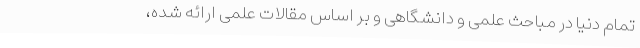
تمام دنیا در مباحث علمی و دانشگاهی و بر اساس مقالات علمی ارائه شده،